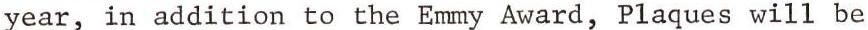
year, in addition to the Emmy Award, Plaques will be